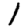
Digit: 1